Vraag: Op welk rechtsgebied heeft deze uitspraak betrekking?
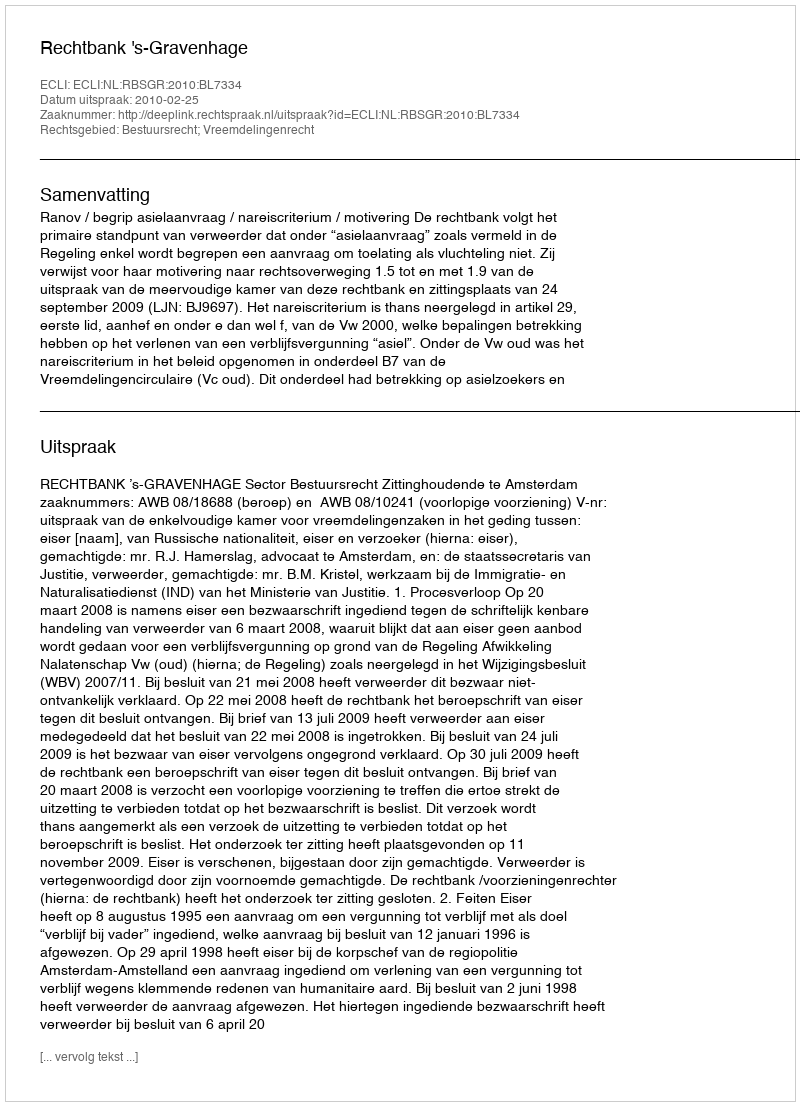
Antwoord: Bestuursrecht; Vreemdelingenrecht